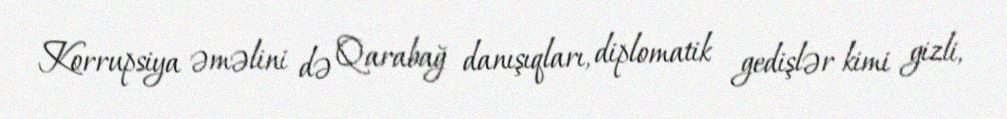
Korrupsiya əməlini də Qarabağ danışıqları, diplomatik gedişlər kimi gizli,